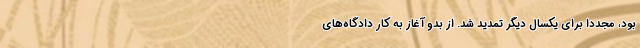
بود، مجددا برای یکسال دیگر تمدید شد. از بدو آغاز به کار دادگاه‌های